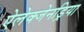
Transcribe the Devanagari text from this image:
ऐलेक्जेनड्रिया